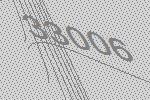
33006